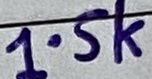
Text: 1.5k